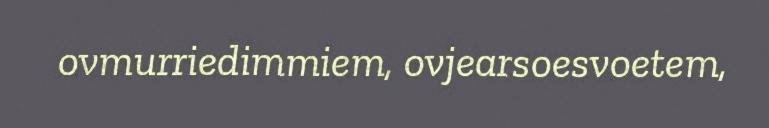
ovmurriedimmiem, ovjearsoesvoetem,